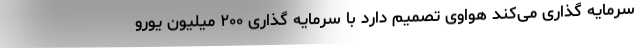
سرمایه گذاری می‌کند هواوی تصمیم دارد با سرمایه گذاری ۲۰۰ میلیون یورو